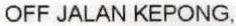
OFF JALAN KEPONG,